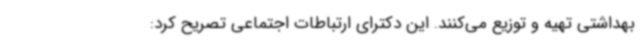
بهداشتی تهیه و توزیع می‌کنند. این دکترای ارتباطات اجتماعی تصریح کرد: